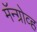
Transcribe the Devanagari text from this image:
मॅन्ग्रोव्ह